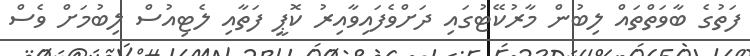
ފަތުގެ ބާވަތްތައް ލިބުން މާރުކޭޓުގައި ދަށްވެފައިވާއިރު ކޮޕީ ފަތާއި ލެޓިއުސް ލިބުމަށް ވެސް